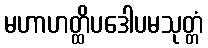
မဟာဟတ္ထိပဒေါပမသုတ္တံ